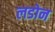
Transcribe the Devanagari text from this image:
लडोन